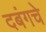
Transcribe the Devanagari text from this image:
दबंगचे